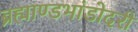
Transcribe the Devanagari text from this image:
ब्रह्माण्डभांडोदरी